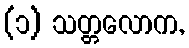
(၁) သတ္တလောက,